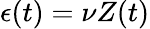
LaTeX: \epsilon(t)=\nu Z(t)